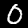
Digit: 0